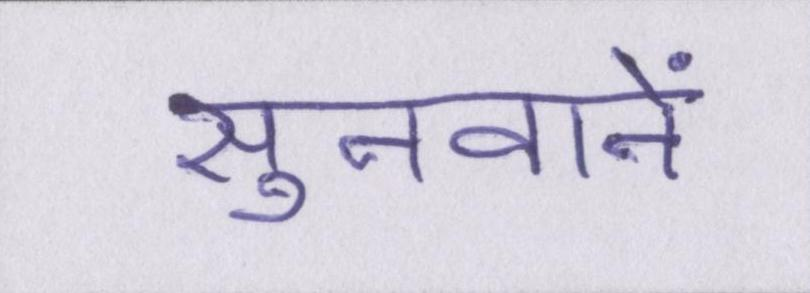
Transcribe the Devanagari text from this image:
सुनवाने